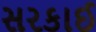
સરકાઈ